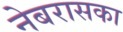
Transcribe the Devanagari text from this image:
नेबरासका